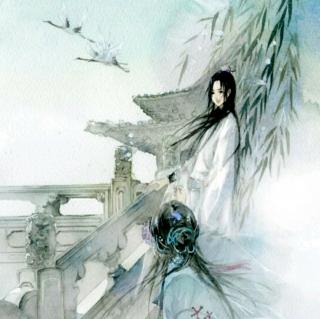
章台柳，章台柳，昔日青青今在否？